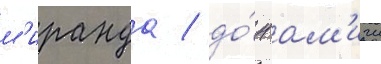
м'иранда / до́н ам'ичи